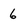
Character: 6